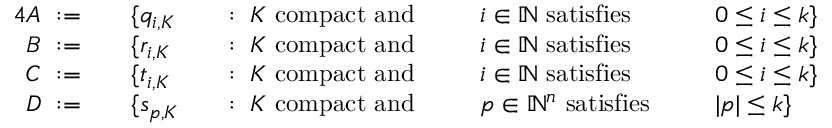
{ \begin{array} { r l r l r l r l } { { 4 } A ~ : = \quad } & { \{ q _ { i , K } } & & { : \; K { \mathrm { ~ c o m p a c t ~ a n d ~ } } \; } & & { i \in \mathbb { N } { \mathrm { ~ s a t i s f i e s ~ } } \; } & & { 0 \leq i \leq k \} } \\ { B ~ : = \quad } & { \{ r _ { i , K } } & & { : \; K { \mathrm { ~ c o m p a c t ~ a n d ~ } } \; } & & { i \in \mathbb { N } { \mathrm { ~ s a t i s f i e s ~ } } \; } & & { 0 \leq i \leq k \} } \\ { C ~ : = \quad } & { \{ t _ { i , K } } & & { : \; K { \mathrm { ~ c o m p a c t ~ a n d ~ } } \; } & & { i \in \mathbb { N } { \mathrm { ~ s a t i s f i e s ~ } } \; } & & { 0 \leq i \leq k \} } \\ { D ~ : = \quad } & { \{ s _ { p , K } } & & { : \; K { \mathrm { ~ c o m p a c t ~ a n d ~ } } \; } & & { p \in \mathbb { N } ^ { n } { \mathrm { ~ s a t i s f i e s ~ } } \; } & & { | p | \leq k \} } \end{array} }